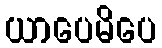
ယာပေမိပေ